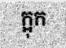
ក្អុក